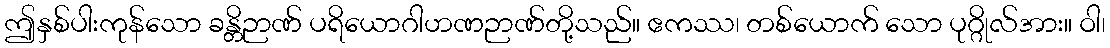
ဤနှစ်ပါးကုန်သော ခန္တိဉာဏ် ပရိယောဂါဟဏဉာဏ်တို့သည်။ ဧကဿ၊ တစ်ယောက် သော ပုဂ္ဂိုလ်အား။ ဝါ၊